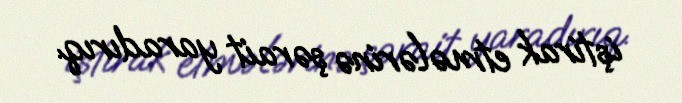
iştirak etmələrinə şərait yaradırıq.